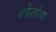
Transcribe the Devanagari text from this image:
बफेलोला